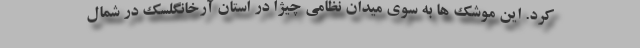
کرد. این موشک ها به سوی میدان نظامی چیژا در استان آرخانگلسک در شمال